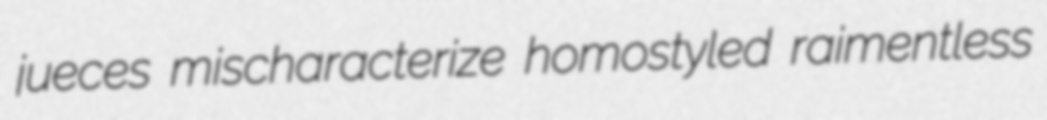
jueces mischaracterize homostyled raimentless